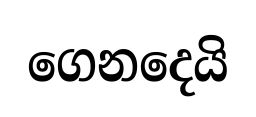
ගෙනදෙයි